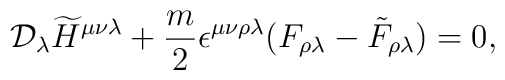
{\cal D}_\lambda\widetilde H^{\mu\nu\lambda} + {m\over 2}\epsilon^{\mu\nu\rho\lambda} (F_{\rho\lambda} - \tilde F_{\rho\lambda})= 0,